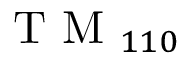
\mathrm { ~ T ~ M ~ } _ { 1 1 0 }